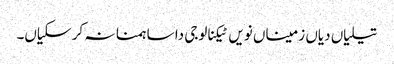
تیلیاں دیاں زمیناں نویں ٹیکنالوجی دا ساہمنا نہ کر سکیاں۔